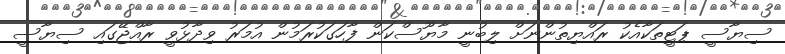
ސިޔާސީ ޕަޓީތަކާއެކު ރައްޔިތުންނަށް ލިބުނީ މާޔޫސްކަން ފާހަގަކުރަމުން އުމަރު ވިދާޅުވީ ރާއްޖޭގައި ސިޔާސީ